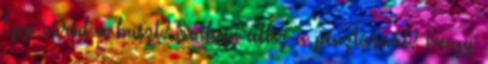
Épp várod a buszt? Sorban állsz a pénztárnál? Vagy